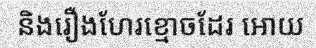
និងរឿងហែរខ្មោចដែរ អោយ